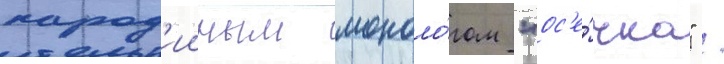
парод'ииным моноло́гом "ос'е́чка" /